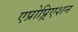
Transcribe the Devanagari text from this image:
एप्रोप्र्रिएशन